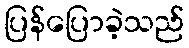
ပြန်ပြောခဲ့သည်